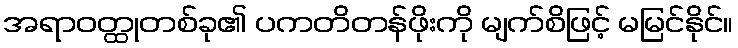
အရာဝတ္ထုတစ်ခု၏ ပကတိတန်ဖိုးကို မျက်စိဖြင့် မမြင်နိုင်။